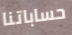
حساباتنا